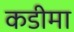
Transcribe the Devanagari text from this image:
कडीमा